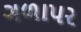
ગળાપર